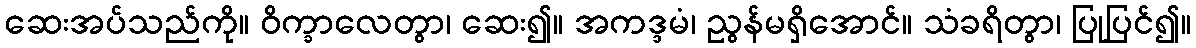
ဆေးအပ်သည်ကို။ ဝိက္ခာလေတွာ၊ ဆေး၍။ အကဒ္ဒမံ၊ ညွန်မရှိအောင်။ သံခရိတွာ၊ ပြုပြင်၍။